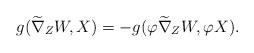
LaTeX: \begin{align*}g(\widetilde\nabla_{Z}W, X)=-g(\varphi\widetilde\nabla_{Z}W, \varphi X).\end{align*}